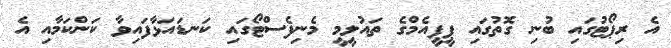
އެ ރިޕޯޓުގައި ބުނި ގޮތުގައި ޕީޕީއެމްގެ ތައުލީމީ މެނިފެސްޓޯގައި ކަނޑައަޅާފައިވާ ކަންކަމާއި އެ